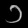
Digit: ၁